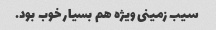
سیب زمینی ویژه هم بسیار خوب بود.